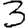
Digit: 3